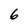
Character: 6